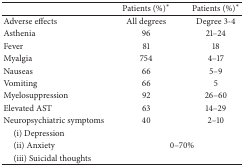
<table><thead><tr><td><b> </b></td><td><b>Patients (%)*</b></td><td><b>Patients (%)*</b></td></tr></thead><tbody><tr><td>Adverse effects</td><td>All degrees</td><td>Degree 3-4</td></tr><tr><td>Asthenia</td><td>96</td><td>21–24</td></tr><tr><td>Fever</td><td>81</td><td>18</td></tr><tr><td>Myalgia</td><td>754</td><td>4–17</td></tr><tr><td>Nauseas</td><td>66</td><td>5–9</td></tr><tr><td>Vomiting</td><td>66</td><td>5</td></tr><tr><td>Myelosuppression</td><td>92</td><td>26–60</td></tr><tr><td>Elevated AST</td><td>63</td><td>14–29</td></tr><tr><td>Neuropsychiatric symptoms</td><td>40</td><td>2–10</td></tr><tr><td> (i) Depression</td><td colspan="2"> </td></tr><tr><td> (ii) Anxiety</td><td colspan="2">0–70%</td></tr><tr><td> (iii) Suicidal thoughts</td><td colspan="2"> </td></tr></tbody></table>